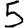
Digit: 5